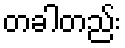
တခါတည်း